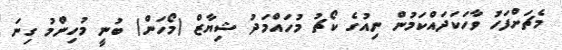
މެޗަށްފަހު ވާހަކަދައްކަމުން ނިއުގެ ކޯޗު މުހައްމަދު ޝިޔާޒް (މޯހަން) ބުނީ މުހިންމު ގިނަ